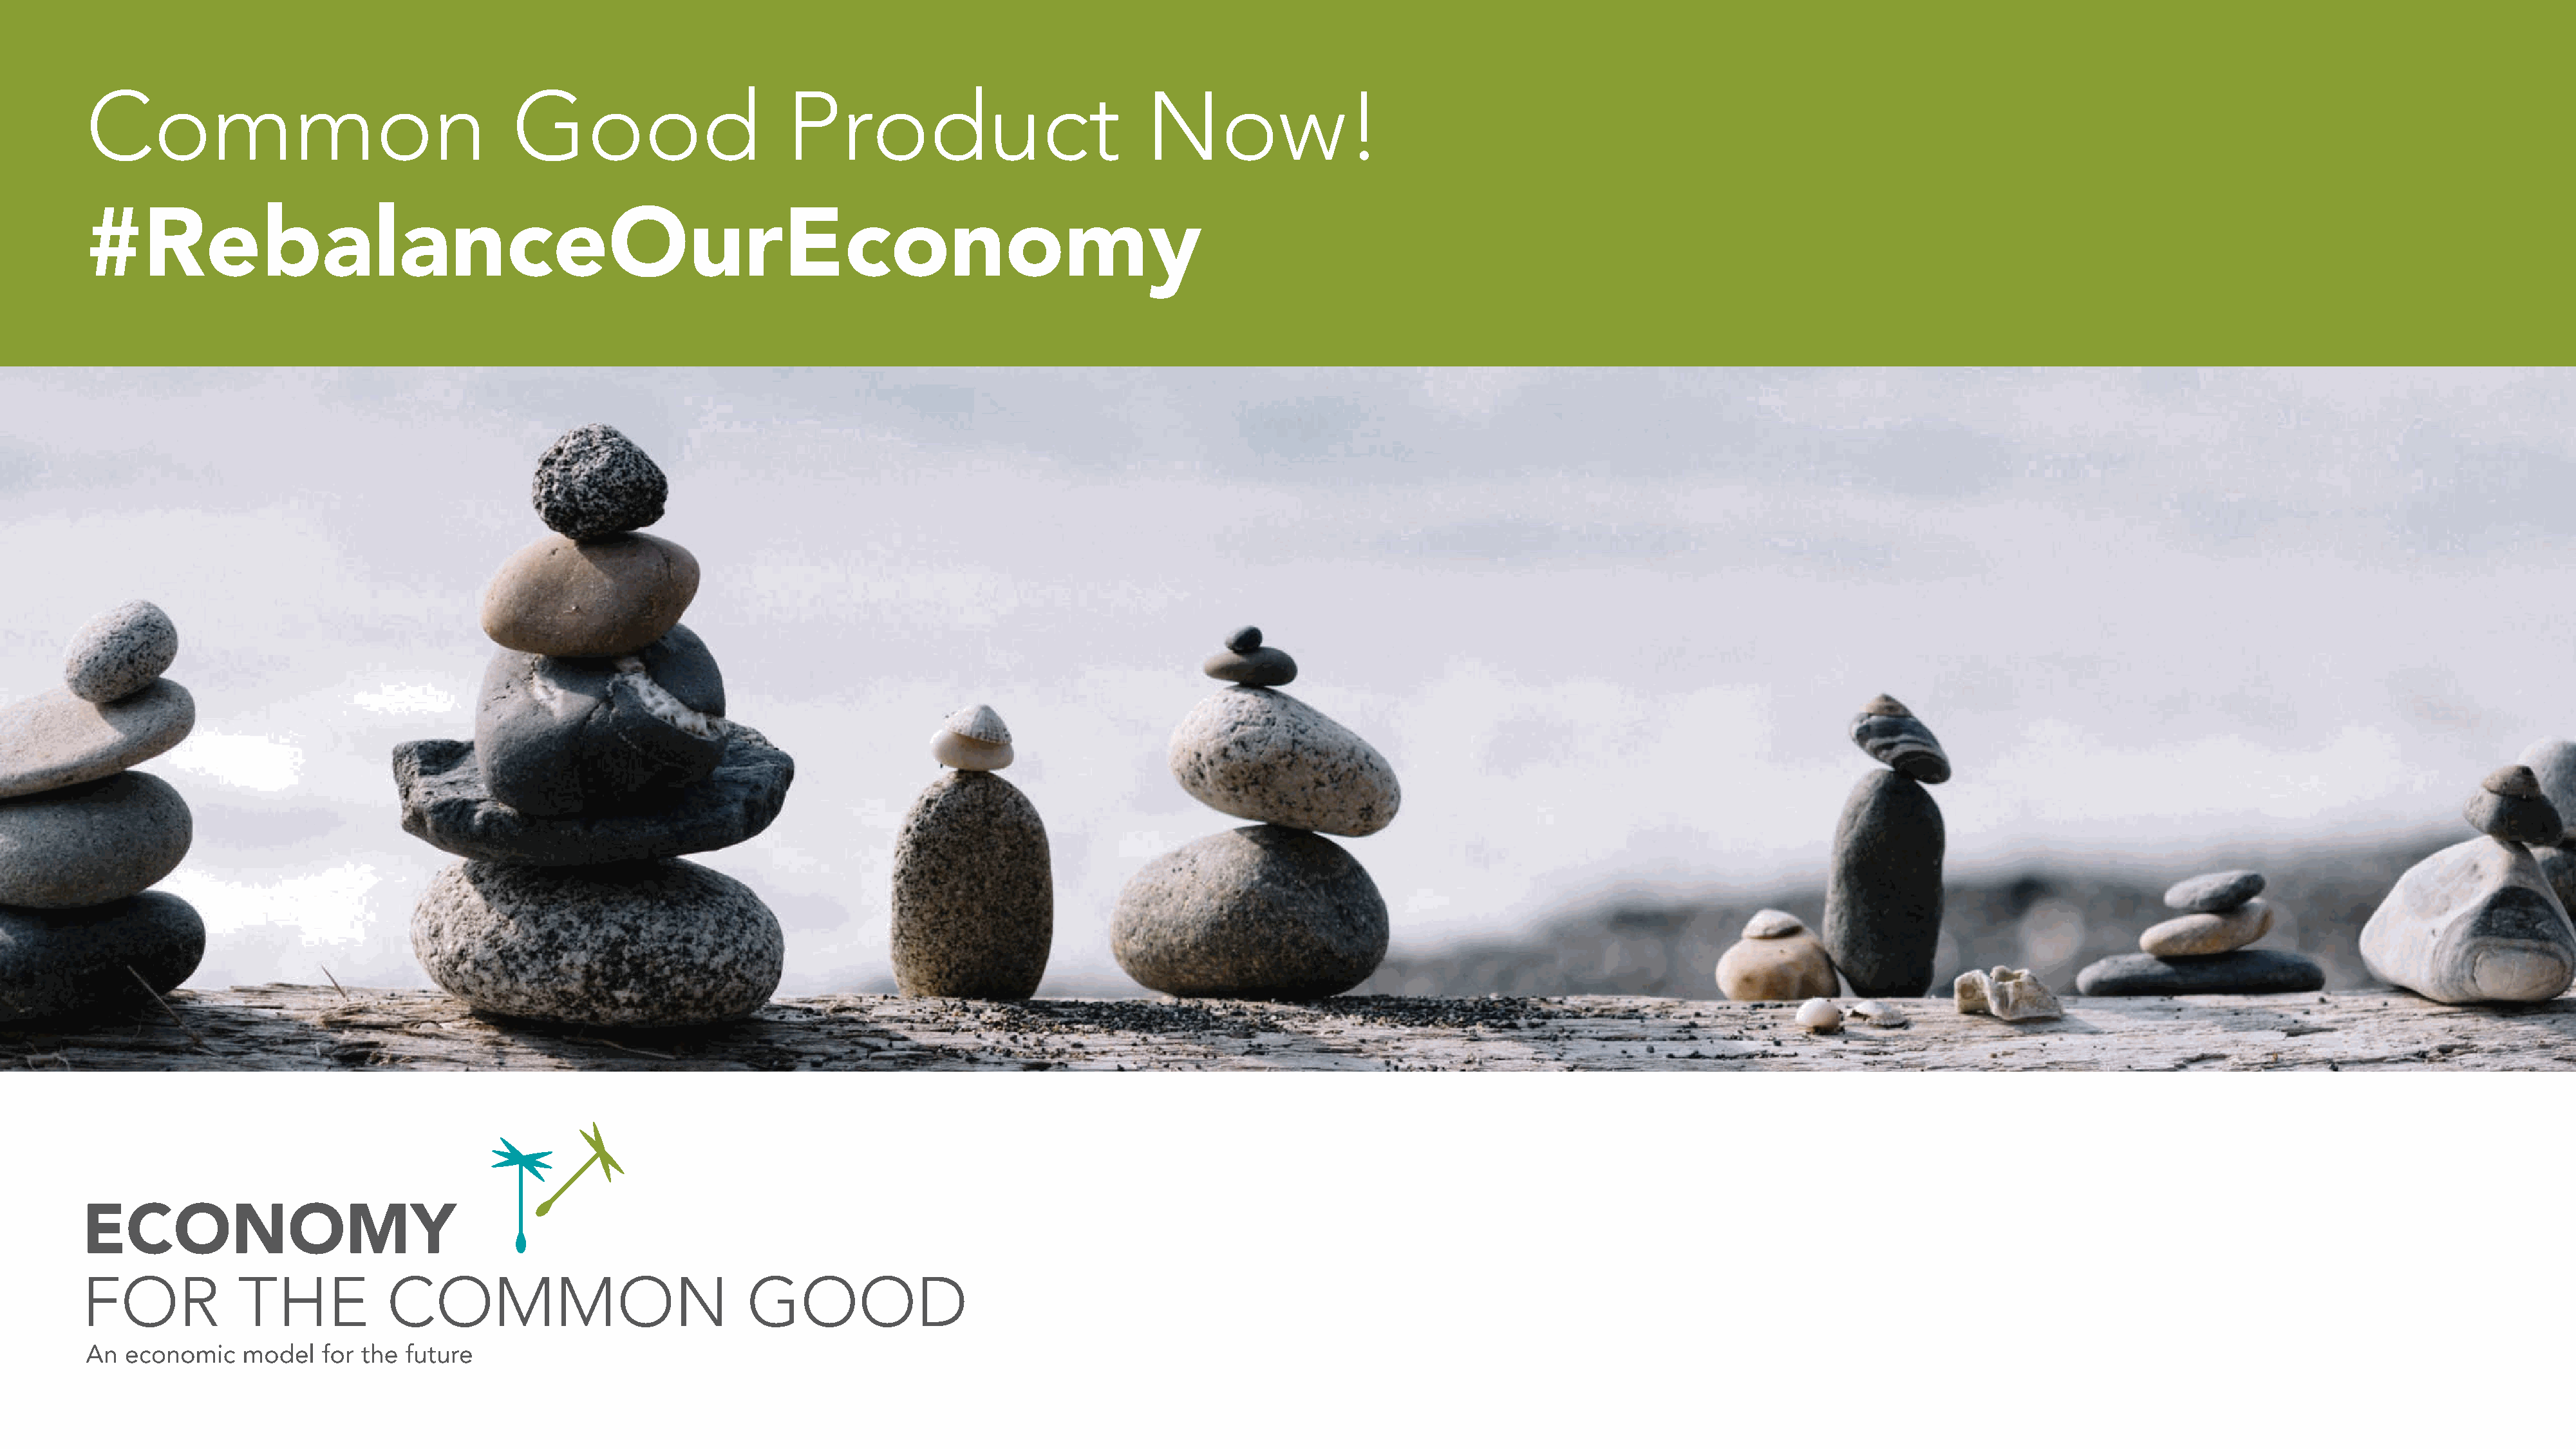
Common                                      Good                        Product                              Now!
 #RebalanceOurEconomy